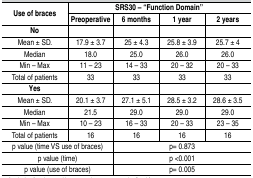
| Use of braces | SRS30 - "Function Domain" |  |  |  |
 |  | Preoperative | 6 months | 1 year | 2 years |
 | No |  |  |  |  |
 | --- | --- | --- | --- | --- |
 | Mean ± SD. | 17.9 ± 3.7 | 25 ± 4.3 | 25.8 ± 3.9 | 25.7 ± 4 |
 | Median | 18.0 | 25.0 | 26.0 | 26.0 |
 | Min - Max | 11 - 23 | 14 - 33 | 20 - 32 | 20 - 33 |
 | Total of patients | 33 | 33 | 33 | 33 |
 | Yes |  |  |  |  |
 | Mean ± SD. | 20.1 ± 3.7 | 27.1 ± 5.1 | 28.5 ± 3.2 | 28.6 ± 3.5 |
 | Median | 21.5 | 29.0 | 29.0 | 29.0 |
 | Min - Max | 10 - 23 | 16 - 33 | 20 - 33 | 23 - 35 |
 | Total of patients | 16 | 16 | 16 | 16 |
 | p value (time VS use of braces) |  | p= 0.873 |  |  |
 | p value (time) |  | p <0.001 |  |  |
 | p value (use of braces) |  | p= 0.005 |  |  |